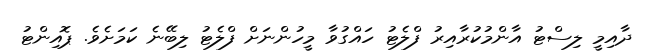
ދާއިމީ ލިސްޓު އާންމުކުރާއިރު ފްލެޓު ހައްގުވާ މީހުންނަށް ފްލެޓު ލިބޭނެ ކަމަށެވެ. ޕޮއިންޓު